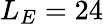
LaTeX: L_{E}=24